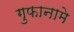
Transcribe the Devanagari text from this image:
गुफानामे